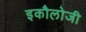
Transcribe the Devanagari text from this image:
इकौलोजी